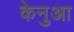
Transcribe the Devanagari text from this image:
केनुआ